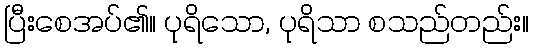
ပြီးစေအပ်၏။ ပုရိသော, ပုရိသာ စသည်တည်း။